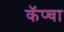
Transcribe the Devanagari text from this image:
कॅप्चा